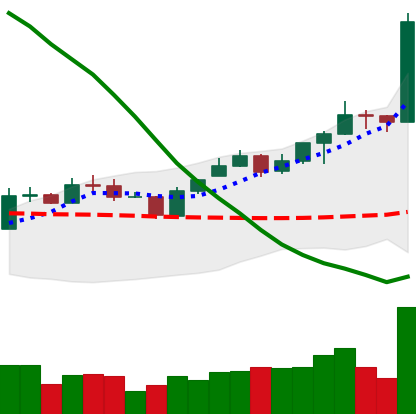
Ticker: ETC-USD
Chart end date: 2020-01-14
Forward return: 24.953%
Label: up_7plus